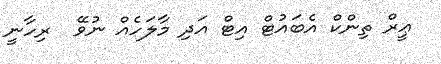
ޢީރް ތިންކް އެބައުޓް އިޓް އަދި މާލަހެއް ނުވޭ  ރިހާނީ